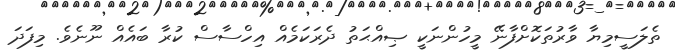
ތެލަސީމިޔާ ވާރުތަކޮށްފާނޭ މީހުންނަކީ ޞިއްޙަތު ދެރަކަމެއް އިހްސާސް ކުރާ ބައެއް ނޫނެވެ. މިފަދަ